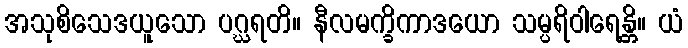
အသုစိသေဒယူသော ပဂ္ဃရတိ။ နီလမက္ခိကာဒယော သမ္ပရိဝါရေန္တိ။ ယံ